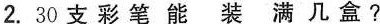
2. 30 支 彩 笔 能 装 满 几 盒 ？